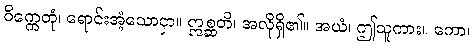
ဝိက္ကေတုံ၊ ရောင်းအံ့သောငှာ။ ဣစ္ဆတိ၊ အလိုရှိ၏။ အယံ၊ ဤသူကား။ ကော၊